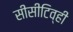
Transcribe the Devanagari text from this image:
सीसीटिव्ही